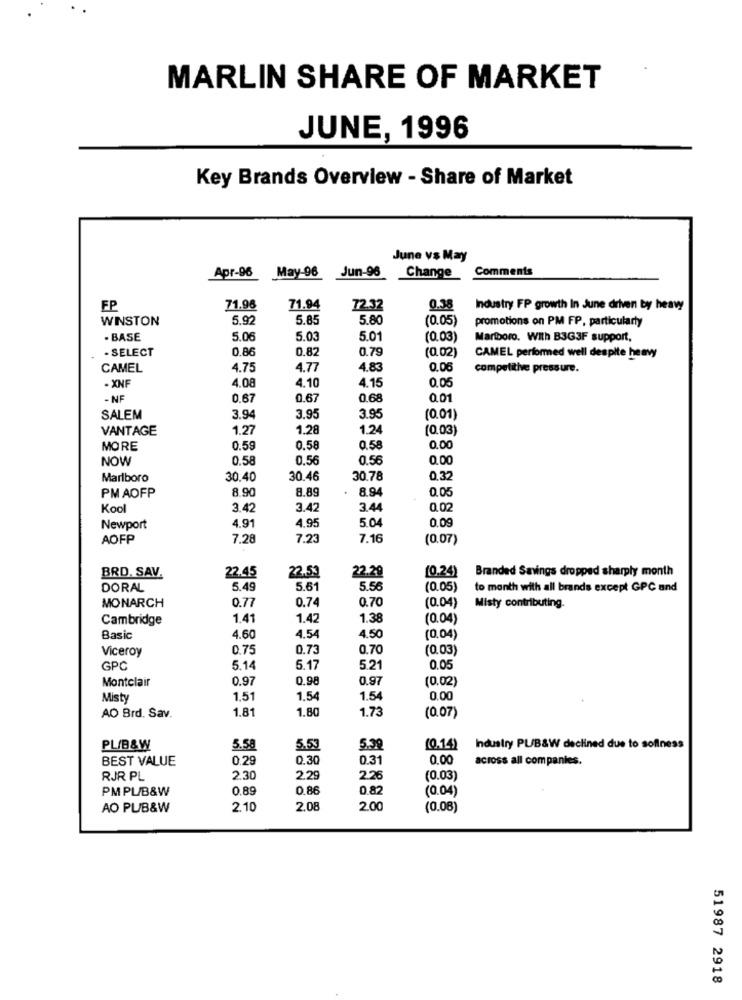
MARLIN SHARE OF MARKET
JUNE, 1996
Key Brands Overview - Share of Market
June vs May
Apr-96
Comments
May-96 Jun-96
Change
EP
71.98
71.94
72.32
0.38
Industry FP growth In June driven by heaw
WINSTON
5.92
5.85
5.8
(0.05)
promotions on PM FP, particularly
BASE
5.06
5.03
5.0
(0.03)
Marlboro. With B3G3F support,
- SELECT
0.86
0.82
0.79
(0.02)
CAMEL performed well despite heavy
CAMEL
4.75
4.77
4.83
0.06
competithe pressure.
- XNF
4.08
4.15
4.10
0.05
- NF
0.67
0.67
0.68
0.01
SALEM
3.94
3.95
3.95
(0.01)
VANTAGE
1.27
1.28
1.24
(0.03)
MORE
0.59
0.58
0.58
0.00
NOW
0.58
0.56
0.56
0.00
Marlboro
30.40
30.46
30.78
0.32
PMAOFP
8.90
8.9
0.05
8.89
Kool
3.42
3.4
3.4
0.02
4.95
Newport
4.91
5.0
0.09
AOFP
7.28
7.23
7.16
(0.07)
BRD. SAV.
22.53
Branded Savings dropped sharply month
22.45
22.29
[0.24)
DORAL
5.49
5.61
5.56
(0.05)
to month with all brands except GPC and
MONARCH
(0.04)
0.77
0.74
0.70
Misty contributing.
Cambridge
1.41
1.42
1.38
(0.04)
Basic
4.60
4.54
4.50
(0.04)
Viceroy
0.75
0.73
0.70
(0.03)
GPC
5.14
5.17
5.21
0.05
Montclair
0.97
0.98
0.9
(0.02)
Misty
1.51
1.54
1.5
0.00
1.81
1.80
1.73
AO Brd. Sav.
(0.07)
PL/B&W
5.58
5.5
5.29
(0.14)
Industry PU/B&W declined due to sofiness
BEST VALUE
0.29
0.30
0.31
0.00
across all companies.
RJR PL
2.30
2.2
2.26
(0.03)
PMPL/B&W
0.89
0.86
0 82
(0.04)
AO PUB&W
2.10
2.08
2.00
(0.08)
51987 2918